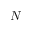
N